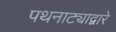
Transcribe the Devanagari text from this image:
पथनाट्याद्वारे